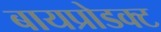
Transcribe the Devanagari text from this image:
बायप्रोडक्ट